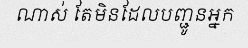
ណាស់ តែមិនដែលបញ្ជូនអ្នក